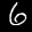
Label: 6